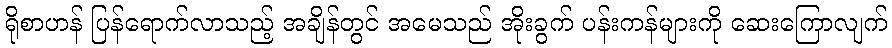
ရိုစာဟန် ပြန်ရောက်လာသည့် အချိန်တွင် အမေသည် အိုးခွက် ပန်းကန်များကို ဆေးကြောလျက်